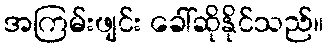
အကြမ်းဖျင်း ခေါ်ဆိုနိုင်သည်။